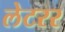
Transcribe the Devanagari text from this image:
लेटरर